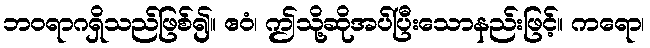
ဘဝရာဂရှိသည်ဖြစ်၍။ ဧဝံ၊ ဤသို့ဆိုအပ်ပြီးသောနည်းဖြင့်။ ကရော၊